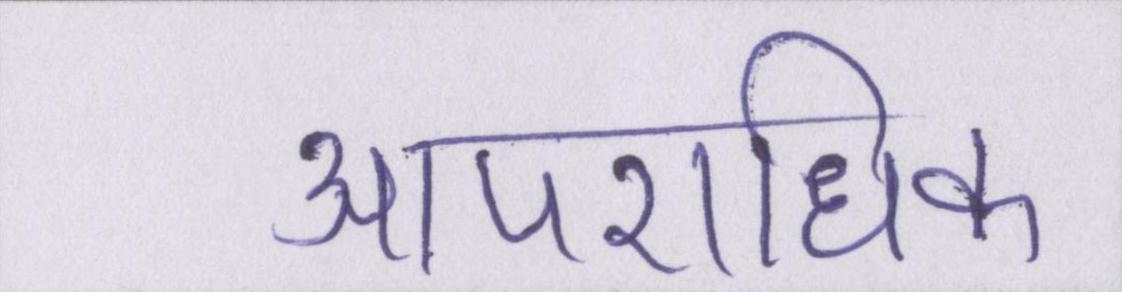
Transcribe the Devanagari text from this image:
आपराधिक